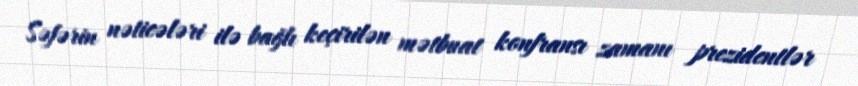
Səfərin nəticələri ilə bağlı keçirilən mətbuat konfransı zamanı prezidentlər